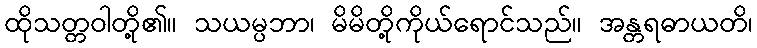
ထိုသတ္တဝါတို့၏။ သယမ္ပဘာ၊ မိမိတို့ကိုယ်ရောင်သည်။ အန္တရဓာယတိ၊